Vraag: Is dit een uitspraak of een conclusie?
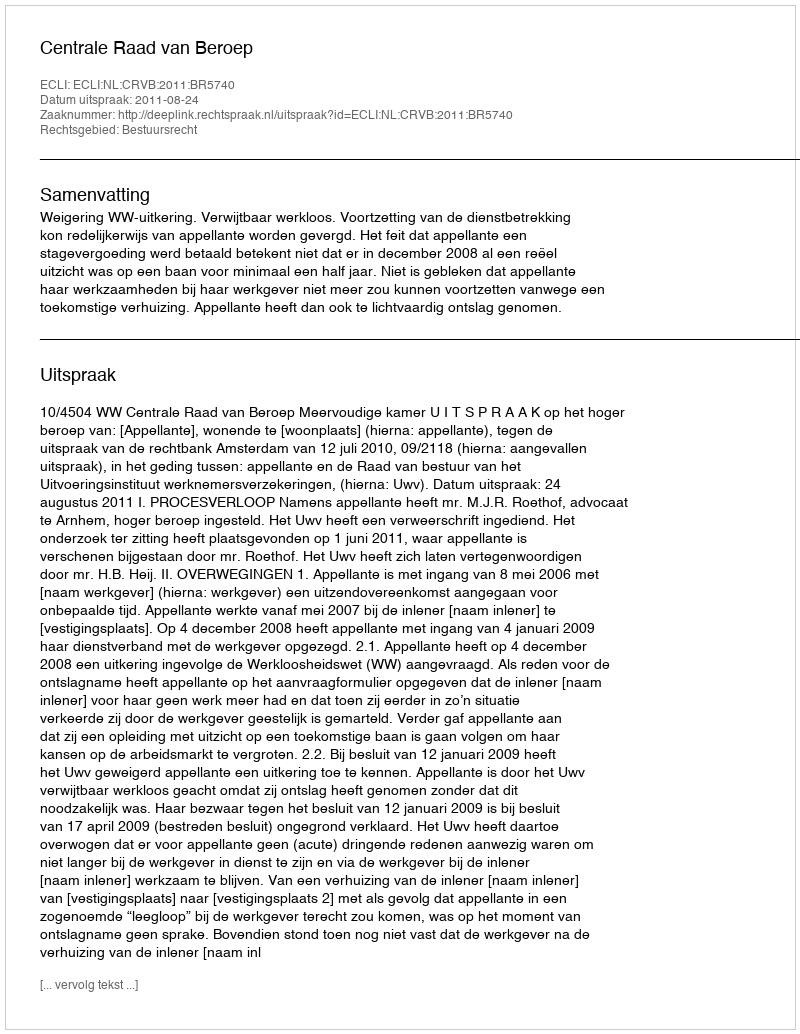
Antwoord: Uitspraak